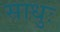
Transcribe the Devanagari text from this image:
साधुः